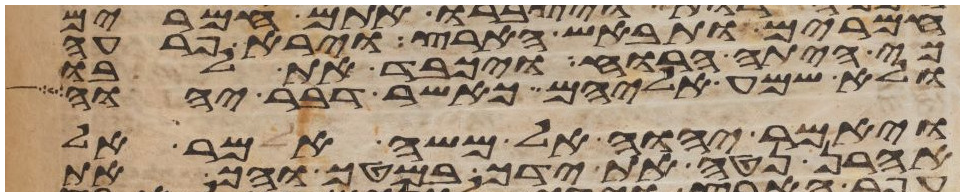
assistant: חמרים ותבאש הארץ וירא פרעה
כי היתה הרוחה ויכבד את לבו
ולא שמע אליהם כאשר דבר יהוה
ויאמר יהוה אל משה אמר אל
אהרן נטה את ידך במטך והך את